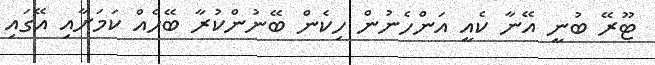
ޓޫރޭ ބުނީ އޭނާ ކެއީ އަންހެނުން ހިކެން ބޭނުންކުރާ ބޭހެއް ކަމަށާއި އޭގައި